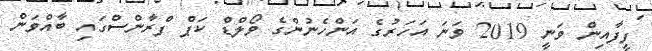
ފީފާއިން ވަނީ 2019 ވަނަ އަހަރުގެ އަންހެނުންގެ ވޯލްޑް ކަޕް ފްރާންސްގައި ބާއްވަން